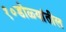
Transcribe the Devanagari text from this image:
१०डोळ्यांतील